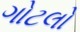
ગોટલો